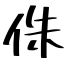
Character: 侏